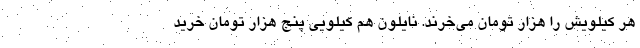
هر کیلویش را هزار تومان می‌خرند. نایلون هم کیلویی پنج هزار تومان خرید